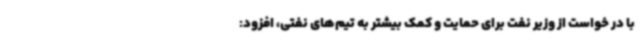
با در خواست از وزیر نفت برای حمایت و کمک بیشتر به تیم‌های نفتی، افزود: